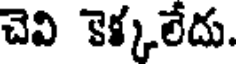
చెవి కెక్కలేదు.